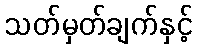
သတ်မှတ်ချက်နှင့်